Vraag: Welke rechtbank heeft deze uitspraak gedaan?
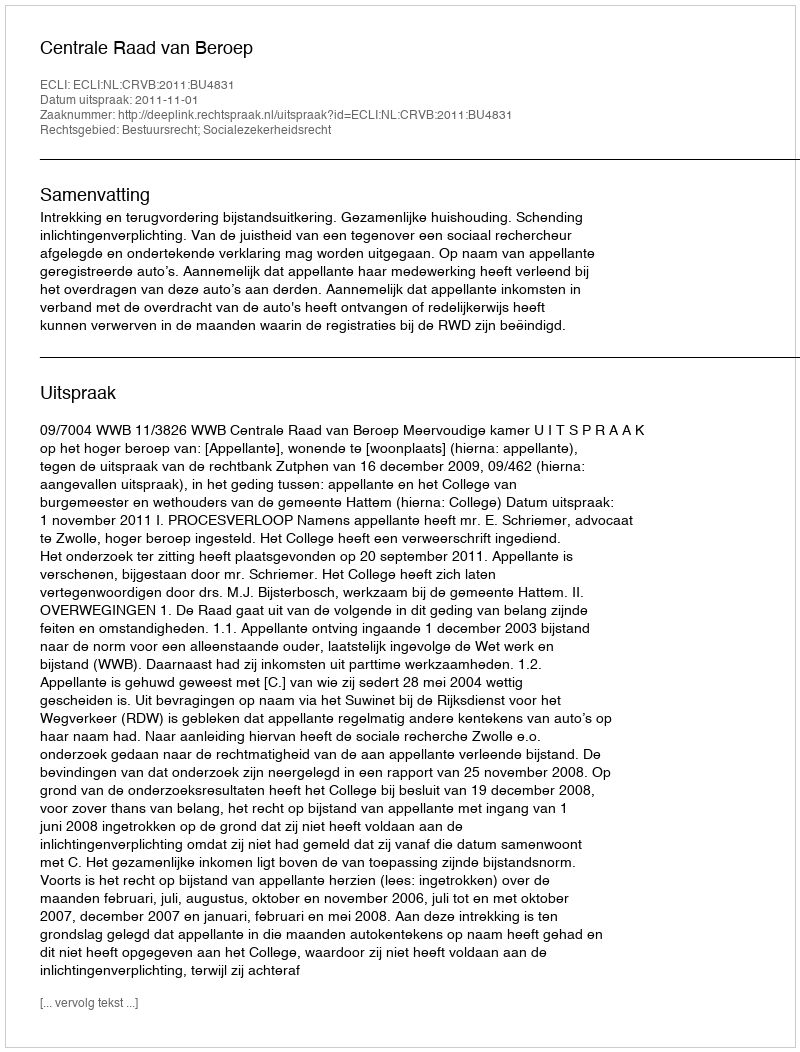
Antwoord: Centrale Raad van Beroep